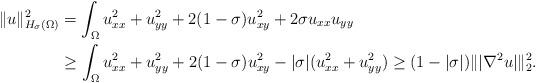
LaTeX: \begin{align*}\|u\|_{H_\sigma(\Omega)}^2&=\int_\Omega u_{xx}^2+u_{yy}^2+2(1-\sigma)u_{xy}^2+2\sigma u_{xx}u_{yy}\\&\geq\int_\Omega u_{xx}^2+u_{yy}^2+2(1-\sigma)u_{xy}^2-|\sigma|(u_{xx}^2+u_{yy}^2)\geq(1-|\sigma|)\||\nabla^2u|\|_2^2.\end{align*}